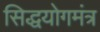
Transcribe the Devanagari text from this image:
सिद्धयोगमंत्र